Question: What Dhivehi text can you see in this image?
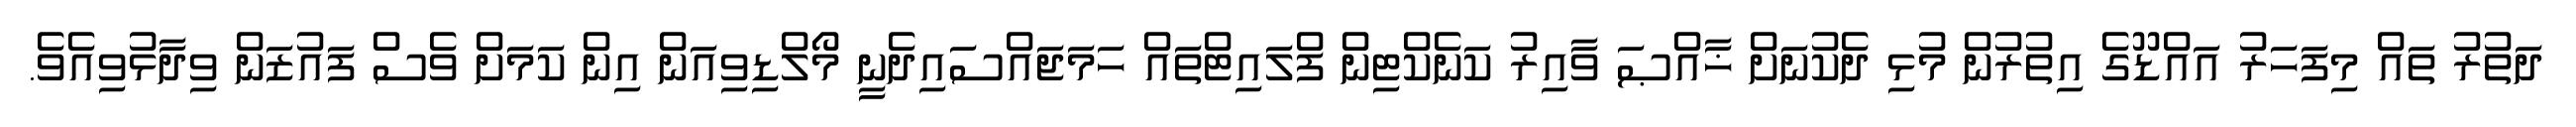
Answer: ދަތުރު ތައް މިފަހަރު އައްޑޫގެ އިތުރުން މުޅި ދެކުނަށް ޚާއްޞަ ވާއިރު ކަނެކްޓިން ފްލައިޓްތައް ހަމަޖައްސައިދެނީ މޯލްޑިވިއަން އިން ކަމަށް ވެސް ފައުޒަން ވިދާޅުވިއެވެ.